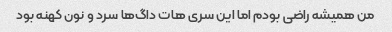
من همیشه راضی بودم اما این سری هات داگ‌ها سرد و نون کهنه بود